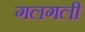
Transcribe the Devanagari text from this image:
गलगली